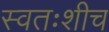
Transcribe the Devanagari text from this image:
स्वतःशीच